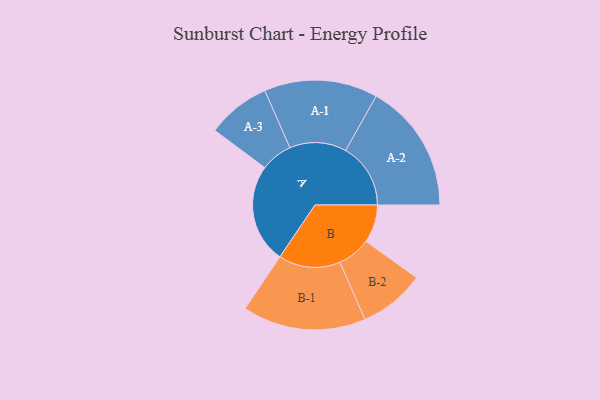
{"axis": {"x": "Segment", "y": "Value"}, "legend": ["", "A", "B"], "data": [{"x": "A", "y": 456, "type": ""}, {"x": "B", "y": 175, "type": ""}, {"x": "A-1", "y": 261, "type": "A"}, {"x": "A-2", "y": 299, "type": "A"}, {"x": "A-3", "y": 146, "type": "A"}, {"x": "B-1", "y": 284, "type": "B"}, {"x": "B-2", "y": 152, "type": "B"}]}